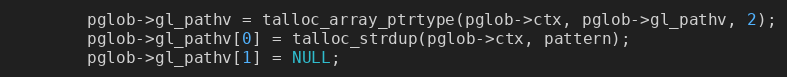
Language: C
        pglob->gl_pathv = talloc_array_ptrtype(pglob->ctx, pglob->gl_pathv, 2);
        pglob->gl_pathv[0] = talloc_strdup(pglob->ctx, pattern);
        pglob->gl_pathv[1] = NULL;